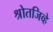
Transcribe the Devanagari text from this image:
श्रोतजिव्हे